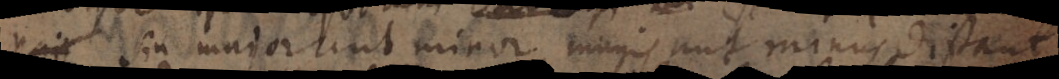
_ siu major unt minor magis aut minus distant